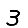
Digit: 3